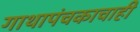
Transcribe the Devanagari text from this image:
गाथापंचकाचाही